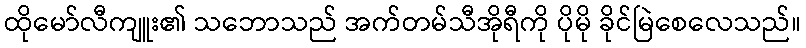
ထိုမော်လီကျူး၏ သဘောသည် အက်တမ်သီအိုရီကို ပိုမို ခိုင်မြဲစေလေသည်။